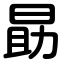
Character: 勗